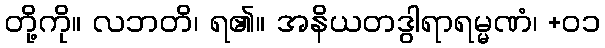
တို့ကို။ လဘတိ၊ ရ၏။ အနိယတဒွါရာရမ္မဏံ၊ +၀၁